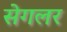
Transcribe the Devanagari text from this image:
सेगलर